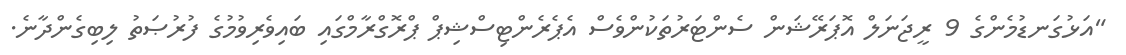
"އަޅުގަނޑުމެންގެ 9 ރީޖަނަލް އޮޕަރޭޝަން ސެންޓަރުތަކުންވެސް އެޕެރެންޓިސްޝިޕް ޕްރޮގްރާމްގައި ބައިވެރިވުމުގެ ފުރުޞަތު ލިބިގެންދާނެ.